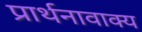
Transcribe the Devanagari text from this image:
प्रार्थनावाक्य